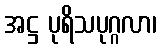
အဋ္ဌ ပုရိသပုဂ္ဂလာ၊